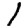
Digit: 1